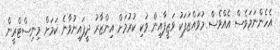
އެހެންނަމަވެސް އެއްވެސް މުވައްޒަފަކު ވަޒީފާއިން ވަކި ކުރުމަށް އިންޒާރު ދީފައިނުވާނެ ކަމަށް މިނިސްޓްރީން